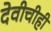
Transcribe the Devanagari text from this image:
देवीचीही